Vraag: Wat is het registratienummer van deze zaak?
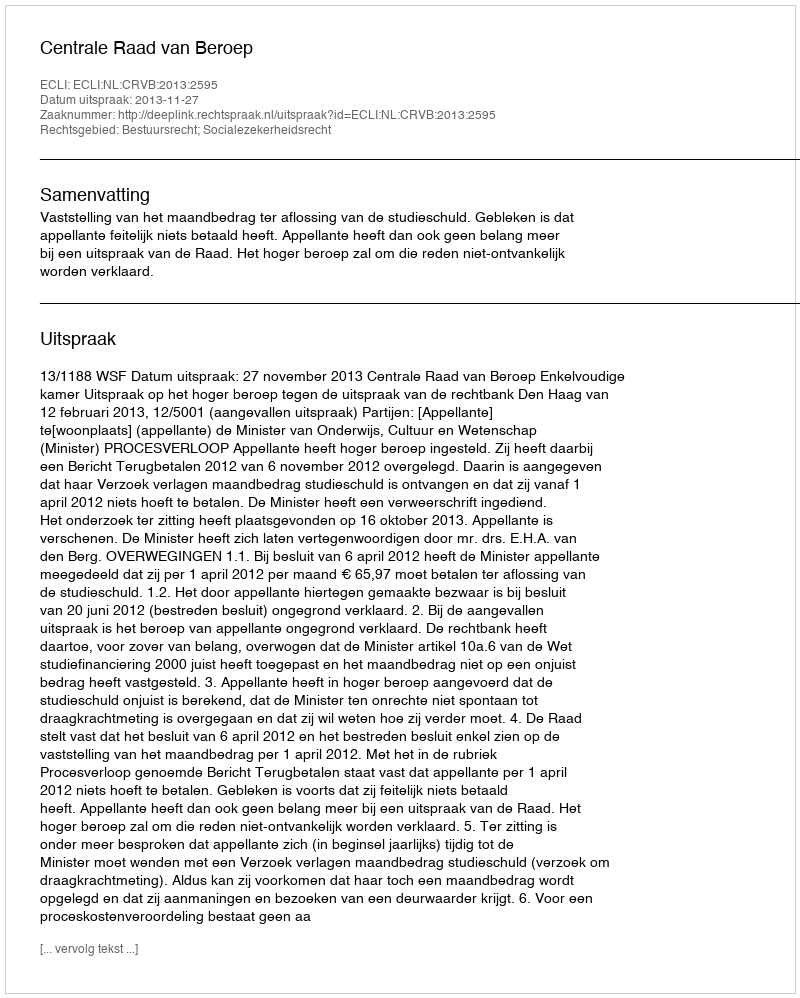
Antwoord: http://deeplink.rechtspraak.nl/uitspraak?id=ECLI:NL:CRVB:2013:2595